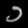
Digit: ၁